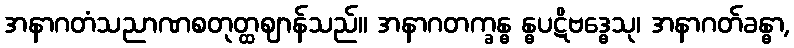
အနာဂတံသညာဏစတုတ္ထဈာန်သည်။ အနာဂတက္ခန္ဓ န္ဓပဋိဗဒ္ဓေသု၊ အနာဂတ်ခန္ဓာ,